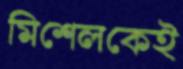
মিশেলকেই